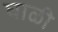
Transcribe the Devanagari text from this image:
घाळी